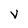
Character: V